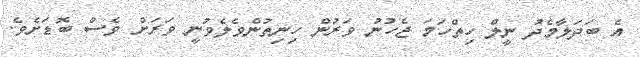
އެ ބަދަލާމެދު ނީލް ހިތްހަމަ ޖެހުނު ވަރުން ހިނިތުންވެލެވުނީ ވަރަށް ވެސް ބޮޑަށެވެ.